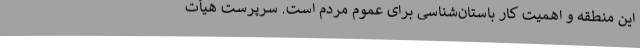
این منطقه و اهمیت کار باستان‌شناسی برای عموم مردم است. سرپرست هیأت